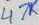
Text: 47K